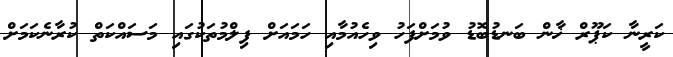
ކަރީނާ ކަޕޫރް ޚާން ބަނޑުބޮޑު ވުމަށްފަހު ވިހެއުމާއި ހަމައަށް ފިލްމުތަކުގައި މަސައްކަތް ކުރާނެކަމަށް